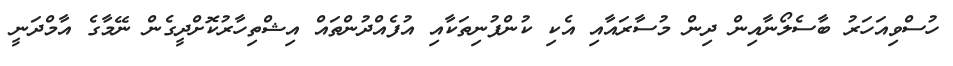
ހުސްވިއަހަރު ބާސެލޯނާއިން ދިން މުސާރައާއި އެކި ކުންފުނިތަކާއި އުފެއްދުންތައް އިޝްތިހާރުކޮށްދީގެން ނޭމާގެ އާމްދަނީ